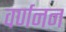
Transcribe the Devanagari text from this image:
वर्णनन